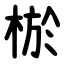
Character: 棜